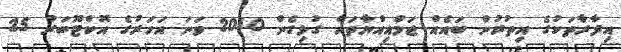
އިދާރާތަކުގެ އިތުރުން ބައެއް ޖަމްއިއްޔާތައް ގުޅިގެން 2010 ވަނަ އަހަރުގެ އޮކްޓޫބަރު 25